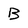
Character: B